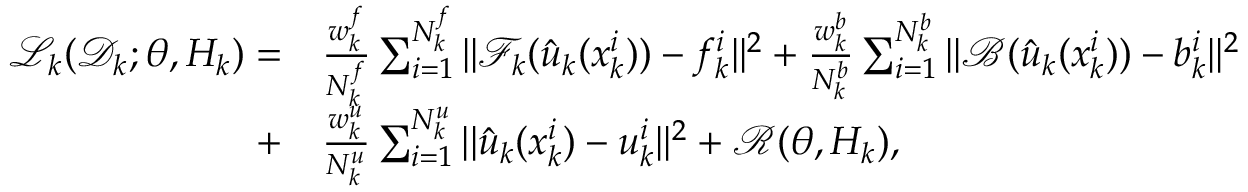
\begin{array} { r l } { \mathcal { L } _ { k } ( \mathcal { D } _ { k } ; \theta , H _ { k } ) = } & { \frac { w _ { k } ^ { f } } { N _ { k } ^ { f } } \sum _ { i = 1 } ^ { N _ { k } ^ { f } } | | \mathcal { F } _ { k } ( \hat { u } _ { k } ( x _ { k } ^ { i } ) ) - f _ { k } ^ { i } | | ^ { 2 } + \frac { w _ { k } ^ { b } } { N _ { k } ^ { b } } \sum _ { i = 1 } ^ { N _ { k } ^ { b } } | | \mathcal { B } ( \hat { u } _ { k } ( x _ { k } ^ { i } ) ) - b _ { k } ^ { i } | | ^ { 2 } } \\ { + } & { \frac { w _ { k } ^ { u } } { N _ { k } ^ { u } } \sum _ { i = 1 } ^ { N _ { k } ^ { u } } | | \hat { u } _ { k } ( x _ { k } ^ { i } ) - u _ { k } ^ { i } | | ^ { 2 } + \mathcal { R } ( \theta , H _ { k } ) , } \end{array}